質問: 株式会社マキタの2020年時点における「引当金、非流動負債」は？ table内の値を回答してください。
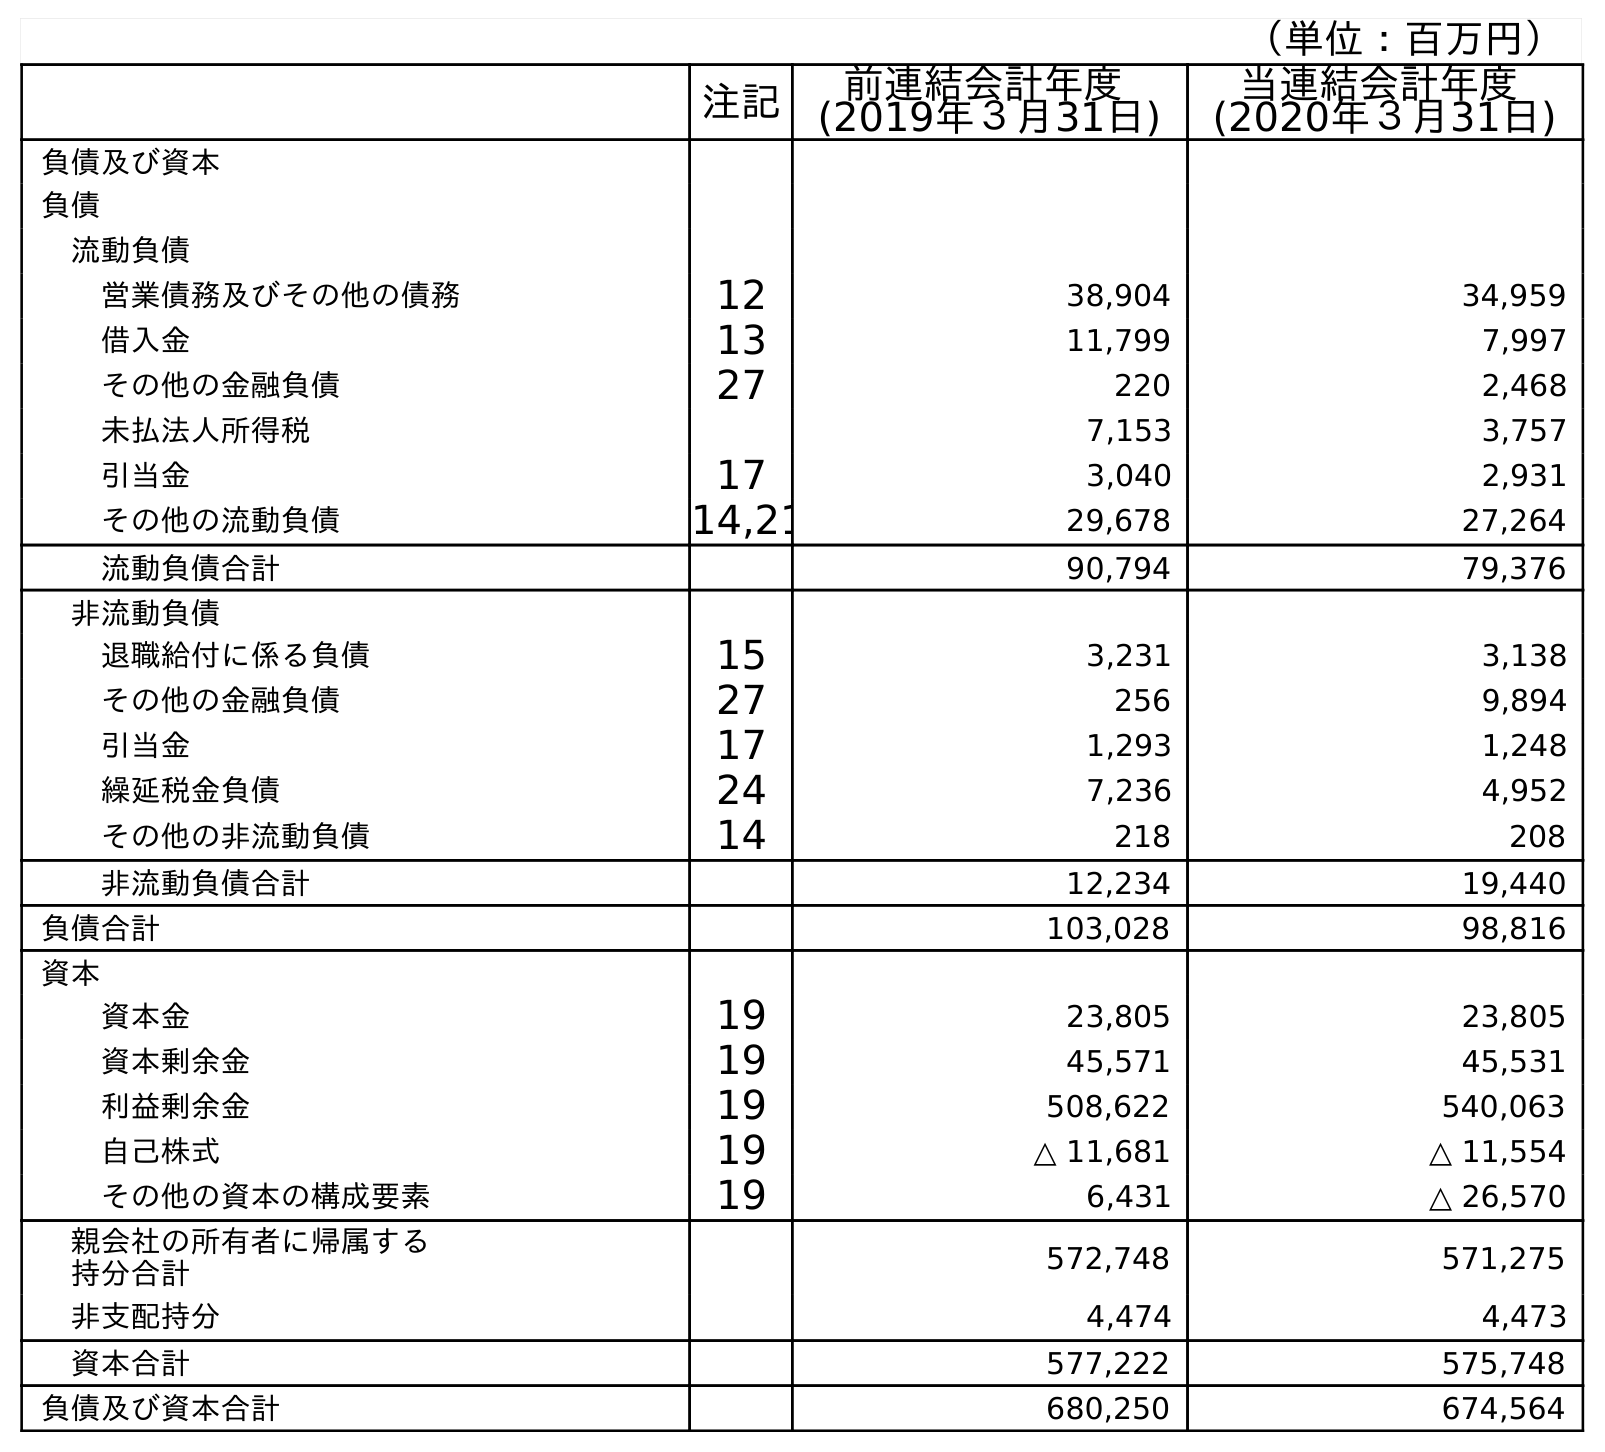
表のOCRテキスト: （単位：百万円） 注記 前連結会計年度 (2019年３月31日) 当連結会計年度 (2020年３月31日) 負債及び資本 負債 流動負債 営業債務及びその他の債務 12 38,904 34,959 借入金 13 11,799 7,997 その他の金融負債 27 220 2,468 未払法人所得税 7,153 3,757 引当金 17 3,040 2,931 その他の流動負債 14,21 29,678 27,264 流動負債合計 90,794 79,376 非流動負債 退職給付に係る負債 15 3,231 3,138 その他の金融負債 27 256 9,894 引当金 17 1,293 1,248 繰延税金負債 24 7,236 4,952 その他の非流動負債 14 218 208 非流動負債合計 12,234 19,440 負債合計 103,028 98,816 資本 資本金 19 23,805 23,805 資本剰余金 19 45,571 45,531 利益剰余金 19 508,622 540,063 自己株式 19 △ 11,681 △ 11,554 その他の資本の構成要素 19 6,431 △ 26,570 親会社の所有者に帰属する 持分合計 572,748 571,275 非支配持分 4,474 4,473 資本合計 577,222 575,748 負債及び資本合計 680,250 674,564
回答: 1,248